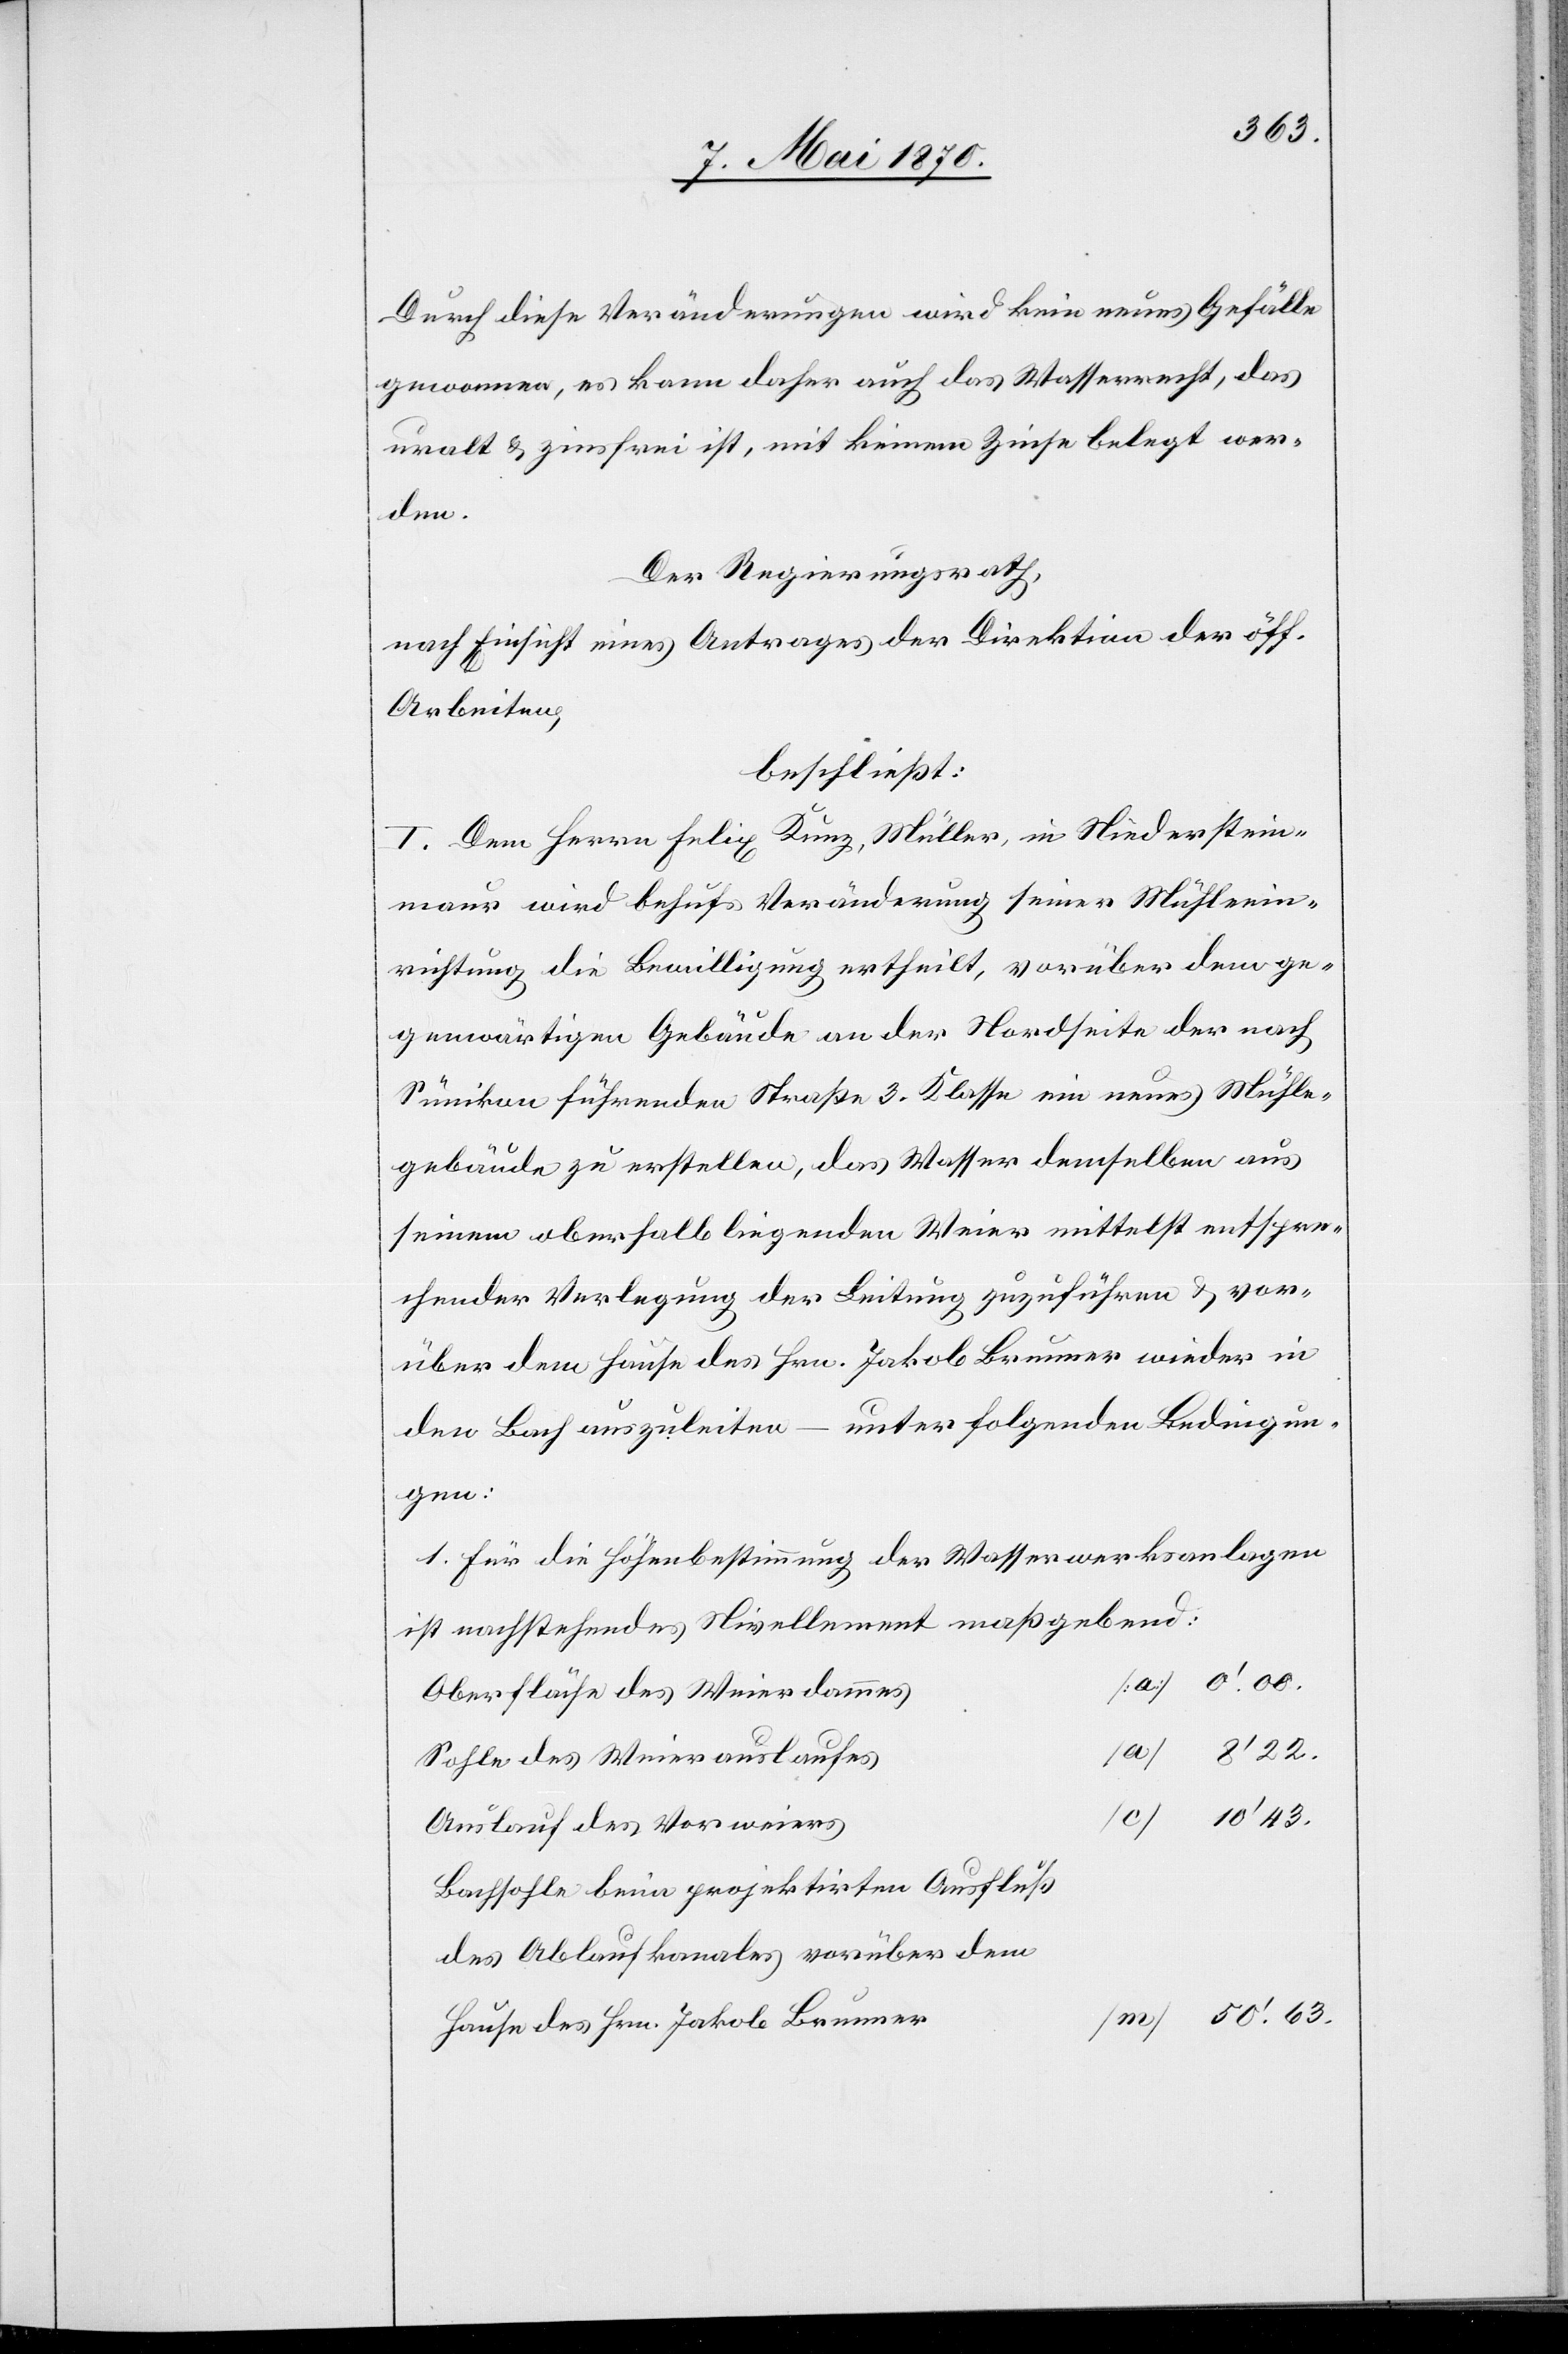
Durch diese Veränderungen wird kein neues Gefälle
gewonnen, es kann daher auch das Wasserrecht, das
uralt & zinsfrei ist, mit keinem Zinse belegt wer¬
dem
Der Regierungsrath,
nach Einsicht eines Antrages der Direktion der öff.
Arbeiten,
beschließt:
I. Dem Herrn Felix Kunz, Müller, in Niederstein¬
maur wird behufs Veränderung seiner Mühleein¬
richtung die Bewilligung ertheilt, vorüber dem ge¬
genwärtigen Gebäude an der Nordseite der nach
Sünikon führenden Straße 3. Klasse ein neues Mühle¬
gebäude zu erstellen, das Wasser demselben aus
seinem oberhalb liegenden Weier mittelst entspre¬
chender Verlegung der Leitung zuzuführen & vor¬
über dem Hause des Hrn. Jakob Brunner wieder in
den Bach auszuleiten – unter folgenden Bedingun¬
gen:
1. Für die Höhenbestimmung der Wasserwerksanlagen
ist nachstehendes Nivellement maßgebend:
Oberfläche des Weierdammes
Sohle des Weierauslaufes
Auslauf des Vorweiers
Bachsohle beim projektirten Ausfluß
Hause des Hrn. Jakob Brunner